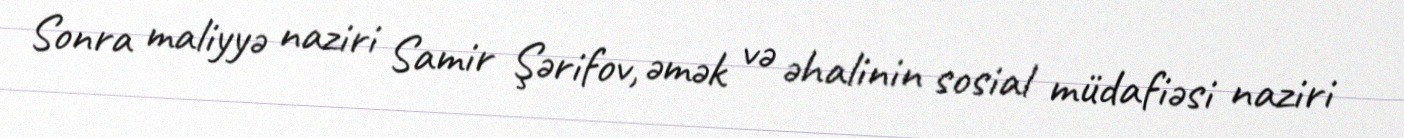
Sonra maliyyə naziri Samir Şərifov, əmək və əhalinin sosial müdafiəsi naziri